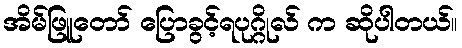
အိမ်ဖြူတော် ပြောခွင့်ရပုဂ္ဂိုလ် က ဆိုပါတယ်။